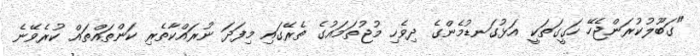
"ގަބޫލުކުރަންޖެހޭ ހަގީގަތަކީ އަޅުގަނޑުމެންގެ ދިވެހި މުޖުތަމައުގެ ތެރޭގައި މިފަދަ ނުރައްކާތެރި ކަންތައްތައް ކުރެވޭނެ